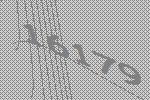
16179